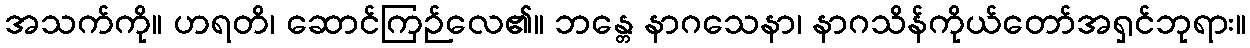
အသက်ကို။ ဟရတိ၊ ဆောင်ကြဉ်လေ၏။ ဘန္တေ နာဂသေနာ၊ နာဂသိန်ကိုယ်တော်အရှင်ဘုရား။